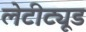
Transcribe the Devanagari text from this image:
लेटीट्यूड